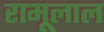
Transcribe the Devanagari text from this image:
रामूलाल